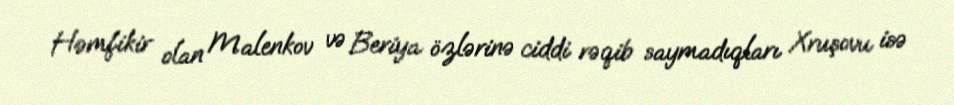
Həmfikir olan Malenkov və Beriya özlərinə ciddi rəqib saymadıqları Xruşovu isə